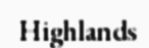
Highlands